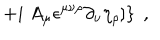
\left. + i \; A _ { \mu } \epsilon ^ { \mu \nu \rho } \partial _ { \nu } \eta _ { \rho } ] \right\} \; ,